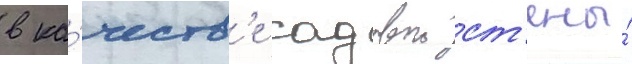
в ка́честв'е садовои ст'ены́